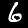
Label: 6